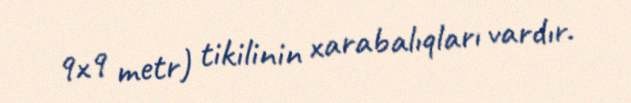
9x9 metr) tikilinin xarabalıqları vardır.